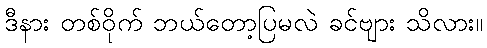
ဒီနား တစ်ဝိုက် ဘယ်တော့ပြမလဲ ခင်ဗျား သိလား။